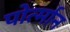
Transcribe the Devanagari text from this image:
पोर्त्मान